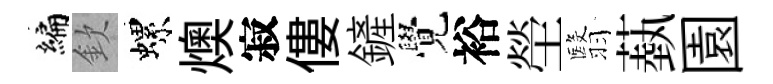
編欽螺燠寂僂鏟覺裕塋翳蓺園